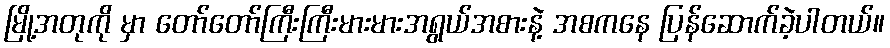
မြို့အတုကို မှာ တော်တော်ကြီးကြီးမားမားအရွယ်အစားနဲ့ အစကနေ ပြန်ဆောက်ခဲ့ပါတယ်။